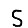
Digit: 5